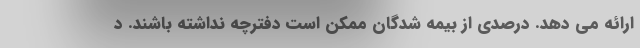
ارائه می دهد. درصدی از بیمه شدگان ممکن است دفترچه نداشته باشند. د